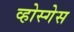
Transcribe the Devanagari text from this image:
व्होस्गेस